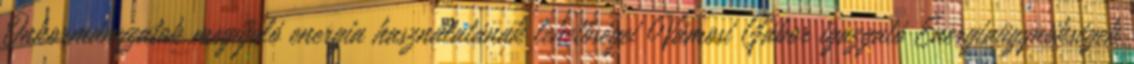
Önkormányzatok megújuló energia használatának lehetőségei Vámosi Gábor igazgató Energiaügynökségek